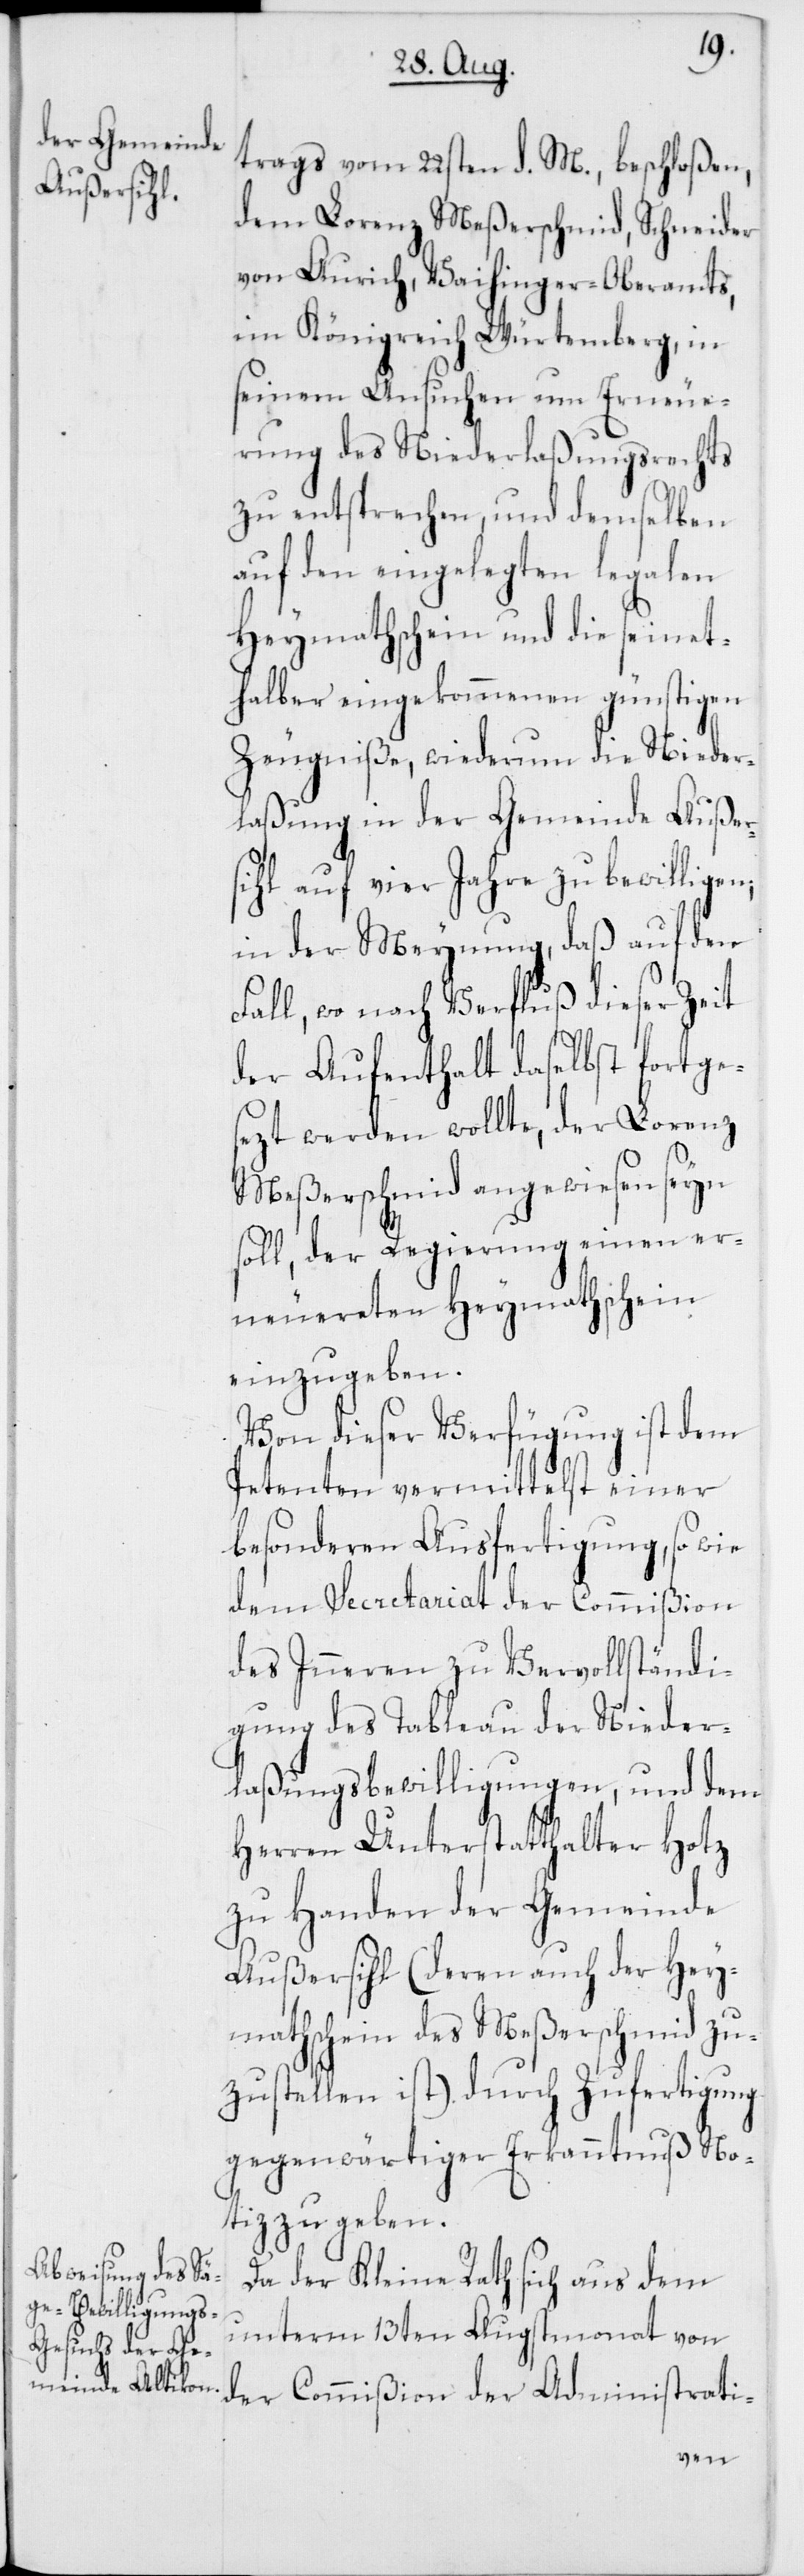
trags vom 22sten d. M. beschloßen,
dem Lorenz Meßerschmid, Schneider
von Aurich, Vaihinger Oberamts,
im Königreich Würtemberg, in
seinem Ansuchen um Erneue¬
rung des Niederlaßungsrechts
zu entsprechen, und demselben
auf den eingelegten legalen
Heymathschein und die seinet¬
halber eingekommenen günstigen
Zeugniße, wiederum die Nieder¬
laßung in der Gemeinde Außer¬
sihl auf vier Jahre zu bewilligen;
in der Meynung, daß auf den
Fall, wo nach Verfluß dieser Zeit
der Aufenthalt daselbst fortge¬
sezt werden wollte, der Lorenz
Meßerschmid angewiesen seyn
soll, der Regierung einen er¬
neuereten Heymathschein
einzugeben.
Von dieser Verfügung ist dem
Petenten vermittelst einer
besonderen Ausfertigung, so wie
dem Sectretariat der Commißion
des Inneren zu Vervollständi¬
gung des Tableau der Nieder¬
laßungsbewilligungen, und dem
Herren Unterstatthalter Hotz
zu Handen der Gemeinde
Außersihl (deren auch der Hey¬
mathschein des Meßerschmid zu¬
zustellen ist) durch Zufertigung
gegenwärtiger Erkanntnuß No¬
tiz zu geben.
Da der Kleine Rath sich aus dem
unterm 13ten Augstmonat von
der Commißion der Administrati-